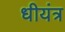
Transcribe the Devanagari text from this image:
धीयंत्र